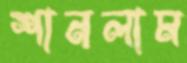
শানলাম